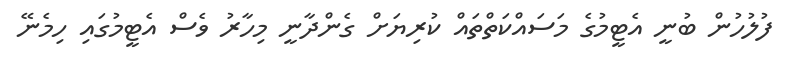
ފުލުހުން ބުނީ އެޓީމުގެ މަސައްކަތްތައް ކުރިޔަށް ގެންދާނީ މިހާރު ވެސް އެޓީމުގައި ހިމެނޭ